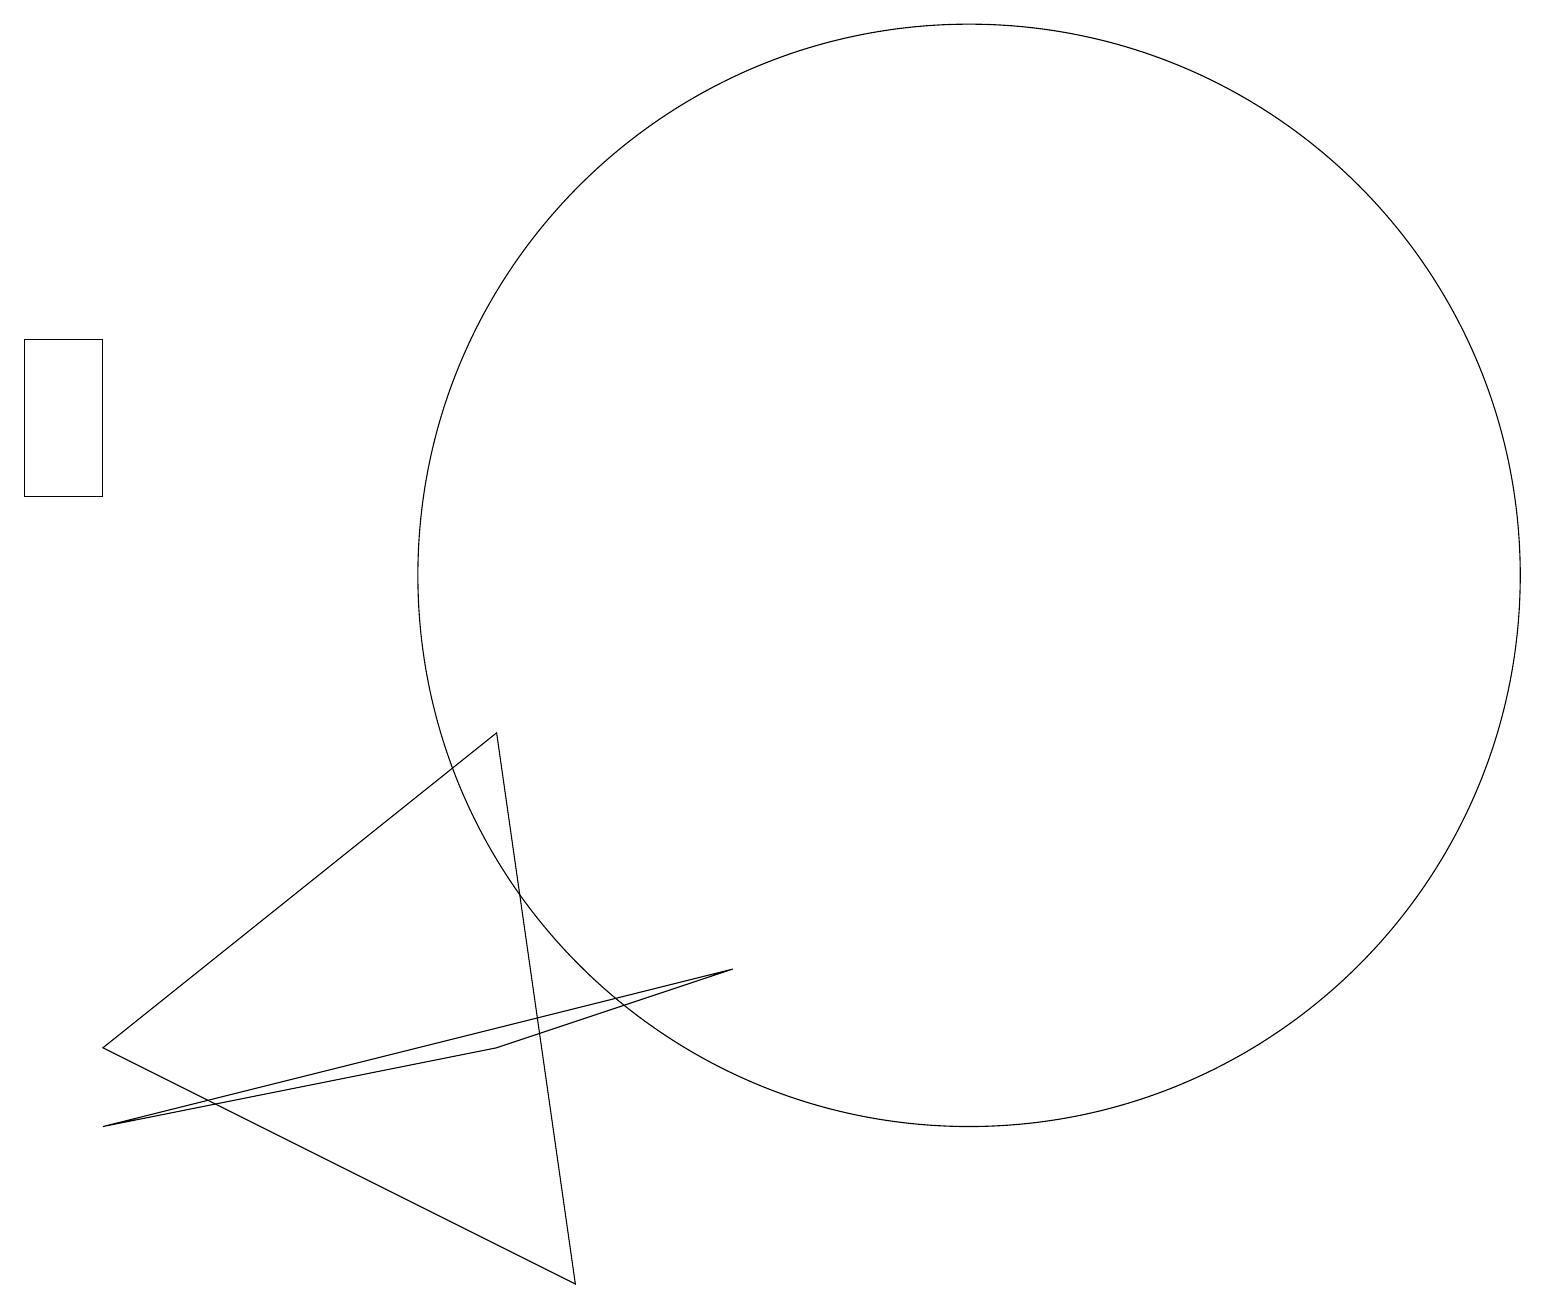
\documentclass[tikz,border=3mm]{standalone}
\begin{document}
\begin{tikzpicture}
\draw (12,10) circle (7);
\draw (0,13) rectangle (1,11);
\draw (6,8) -- (1,4) -- (7,1) -- cycle;
\draw (9,5) -- (1,3) -- (6,4) -- cycle;
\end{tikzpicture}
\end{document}